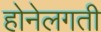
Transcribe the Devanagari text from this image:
होनेलगती